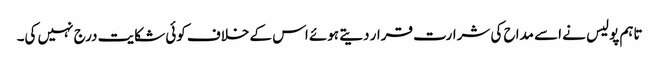
تاہم پولیس نے اسے مداح کی شرارت قرار دیتے ہوئے اس کے خلاف کوئی شکایت درج نہیں کی۔